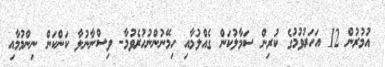
އުމުރުން 12 އަހަރުވުމުގެ ކުރިން ސަމާލުކަން ގެއްލުމާއި ހިމޭނުންނުހުރެވުމާ- ވިސްނާނުލާ ކަންކަން ނިންމުމާއި